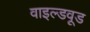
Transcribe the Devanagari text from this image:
वाइल्डवूड